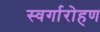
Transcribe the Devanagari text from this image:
स्‍वर्गारोहण